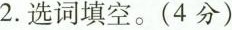
2. 选词填空。(4分)